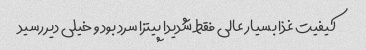
کیفیت غذا بسیار عالی فقط شدیدا پیتزا سرد بود و خیلی دیر رسید